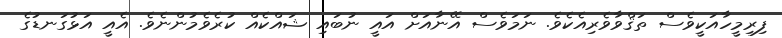
ފިރިމީހާއަކީވެސް ތަޤްވާވެރިއެކެވެ. ނަމަވެސް އޭނާއަށް އައީ ނުބައި ޝައްކެއް ކުރެވެމުންނެވެ. އެއީ އަޅުގަނޑުގެ